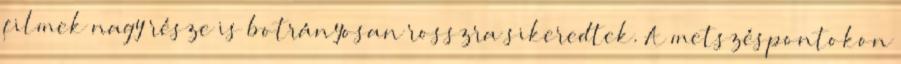
filmek nagy része is botrányosan rosszra sikeredtek. A metszéspontokon